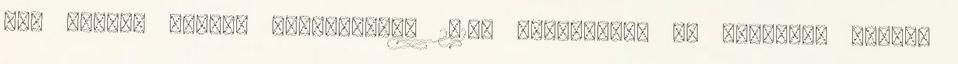
dr. Becske Loránd főigazgató. 2013. Szeptember 3. Szekeres Balázs